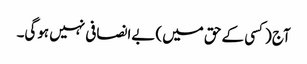
آج (کسی کے حق میں) بےانصافی نہیں ہوگی۔